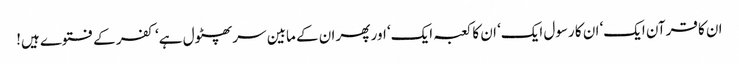
ان کا قرآن ایک‘ ان کا رسول ایک‘ ان کا کعبہ ایک‘ اور پھر ان کے مابین سر پھٹول ہے‘ کفر کے فتوے ہیں!